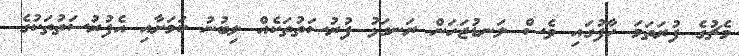
މެޗުގެ ފުރަތަމަ ހާފުގައި ވެސް ލަނޑުޖަހަން ރަނގަޅު ފުރުސަތުތަކެއް ލިބުނު ކަމަށާއި އެފުރުސަތުތަކުގެ